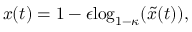
x ( t ) = 1 - \epsilon \mathrm { l o g } _ { 1 - \kappa } ( \tilde { x } ( t ) ) ,